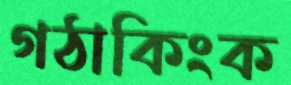
গঠাকিংক